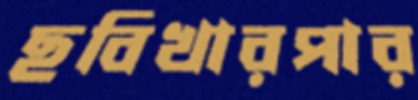
ছবিখারপার